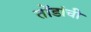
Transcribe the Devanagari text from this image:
तोंडांची